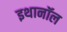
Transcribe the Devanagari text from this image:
इथानॉल